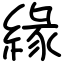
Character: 緣